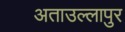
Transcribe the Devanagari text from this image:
अताउल्लापुर